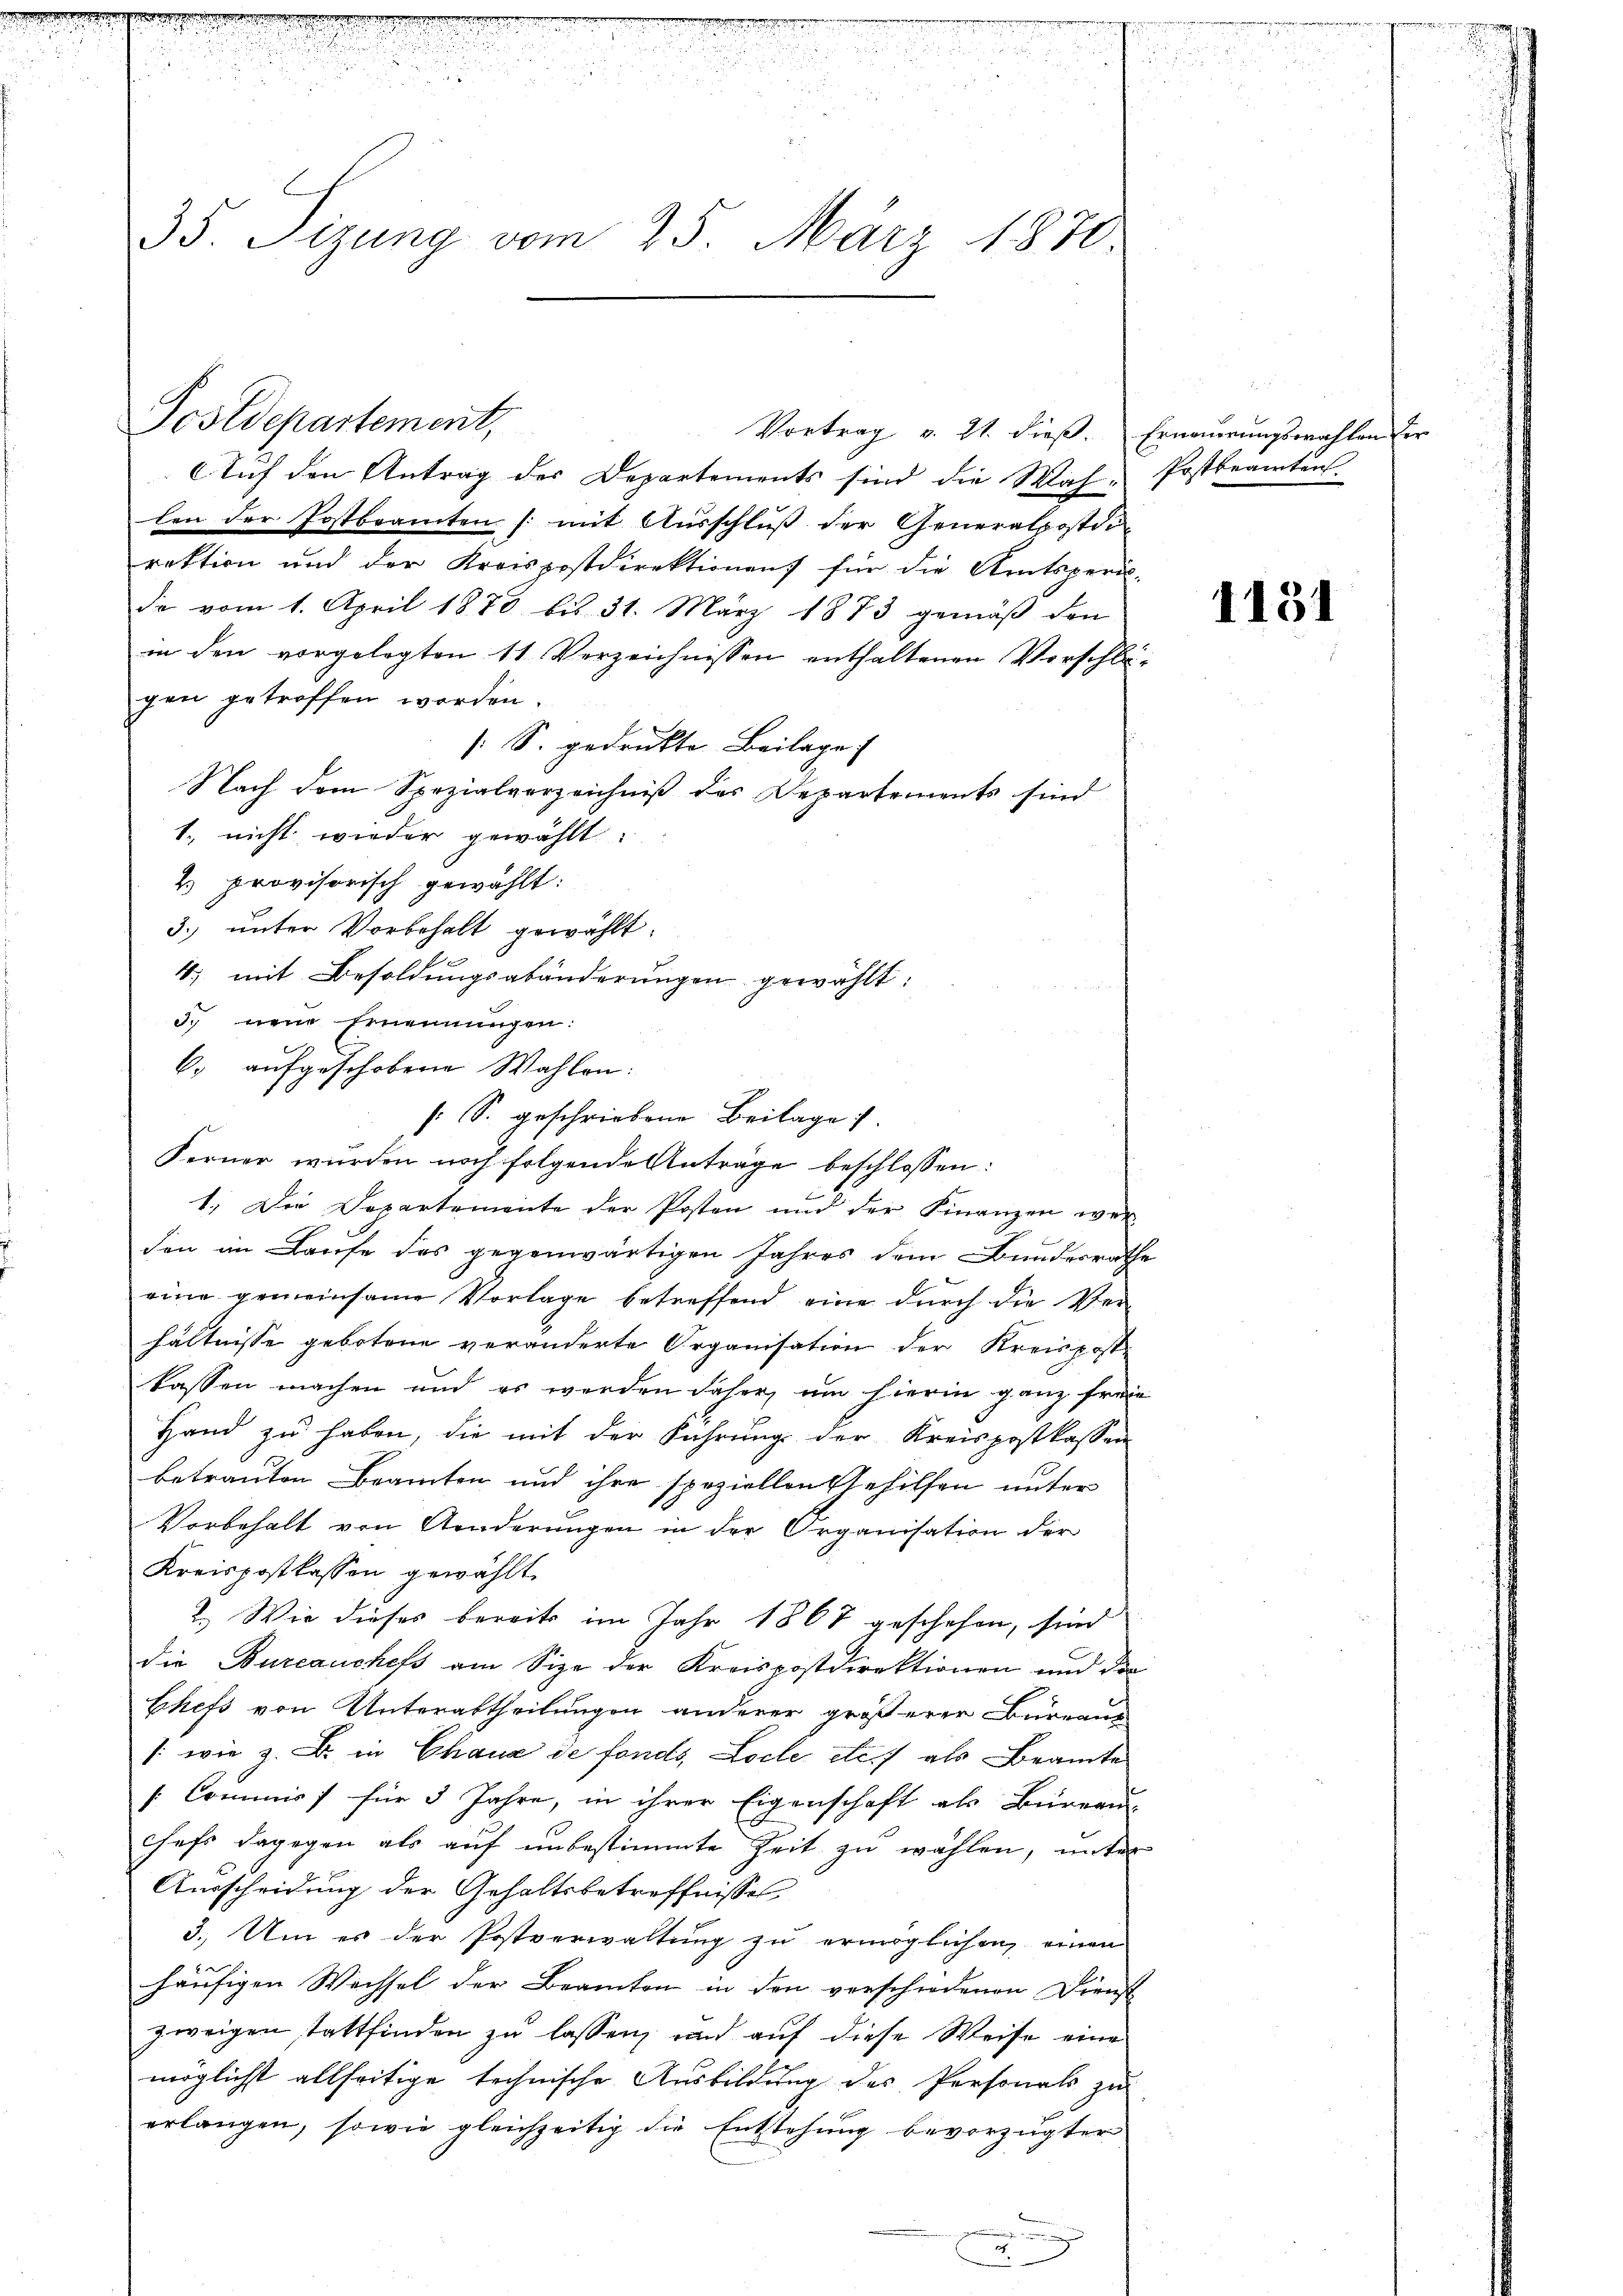
n

2
d

m
2 x 2
35. Sizung vom 25. März 1870.

Postdepartement,

n

Vortrag v. 21. dieß. Erneuerungswahlen der

4. mit Besoldungsabänderungen gewählt:
s. S. geschriebene Beilage).
Ferner würden noch folgende Anträge beschlossen:

Auf den Antrag des Departements sind die Wah- Postbeamten.
len der Postbeamten /: mit Ausschlŭβ der Generalpostdiraktion und der Kreispostdirektionen für die Amtsperi-
de vom 1. April 1870 bis 31. März 1873 gemäß den
in den vorgelegten 11 Verzeichnissen enthaltenen Verschlägen getroffen worden.
[S. gedrukte Beilage
Nach dem Spezialverzeichniß des Departements sind
1., nicht wieder gewählt:
2 provisorisch gewählt:
3. unter Vorbehalt gewählt:
5. neue Ernennungen:
6. aufgeschobene Wahlen:
1.) Die Departemente der Posten und der Finanzen wer
den im Laufe des gegenwärtigen Jahres dem Bundesrathe
eine gemeinsame Vorlage betreffend eine durch die Verhältnisse gebotene veränderte Organisation der Kreisposte
kassen machen und es werden daher, um hierin ganz freie
Hand zu haben, die mit der Fahrung der Kreispostkassen
betrauten Beamten und ihre speziellen Gehilfen unter
Vorbehalt von Aenderungen in der Organisation der
Kreispostkassen gewählt.
2.) Wie dieses bereits im Jahr 1867 geschehen, sind
die Burcauchefs am Size der Kreispostdirektionen und die
Chefs von Unterabtheilungen anderer größerer Bureaus
1: wie z. B. in Chaux de fonds, Loche etc. als Beamte
s. Commiss für 5 Jahre, in ihrer Eigenschaft als Büreau
chefs dagegen als auf unbestimmte Zeit zu wählen, unter
Ausscheidung der Gehaltsbetreffnisses
3. Um es der Postverwaltung zu ermöglichen, einen
häufigen Wechsel der Beamten in den verschiedenen Dienst
zweigen stattfinden zu lassen, und auf diese Weise eine
möglicht allseitige technische Ausbildung des Personals zu
erlangen, sowie gleichzeitig die Entstehung bevorzugter
d

oneren
vereichnung in den

1131

2

.